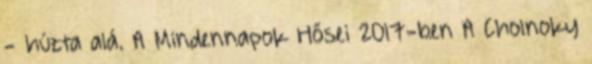
- húzta alá. A Mindennapok Hősei 2017-ben A Cholnoky